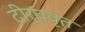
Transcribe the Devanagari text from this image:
दीर्घवृत